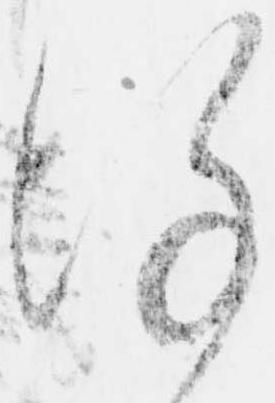
謹